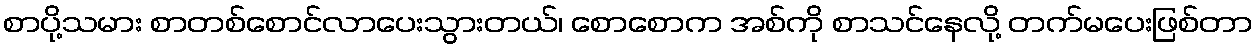
စာပို့သမား စာတစ်စောင်လာပေးသွားတယ်၊ စောစောက အစ်ကို စာသင်နေလို့ တက်မပေးဖြစ်တာ